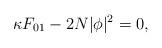
LaTeX: \begin{align*}\kappa F_{01} -2N|\phi|^2 = 0,\end{align*}